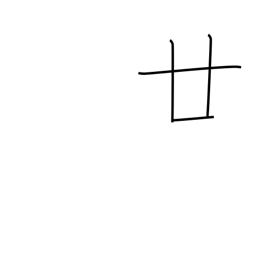
Meaning: twenty